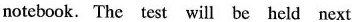
notebook. The test will be held next